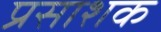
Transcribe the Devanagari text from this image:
प्रसाशक